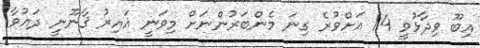
އިބޫ ވިދާޅުވީ 14 އަށްވުރެ ގިނަ މެންބަރުންނަށް މިވަނީ ޣައިރު ޤާނޫނީ ދައުވާ